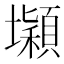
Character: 𡓡